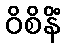
ဝိစိနိံ